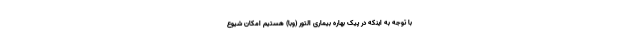
با توجه به اینکه در پیک بهاره بیماری التور (وبا) هستیم امکان شیوع